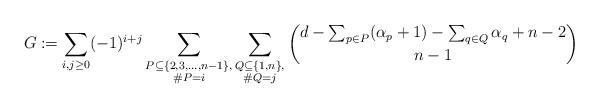
LaTeX: \begin{align*} G\coloneqq \sum_{i, j\ge 0} (-1)^{i+j} \sum_{\substack{P\subseteq \{2,3,\dots,n-1\},\\ \#P=i}} \sum_{\substack{Q\subseteq \{1,n\},\\ \#Q=j}}\binom{d-\sum_{p\in P}(\alpha_{p}+1)-\sum_{q\in Q}\alpha_{q}+n-2}{n-1} \end{align*}